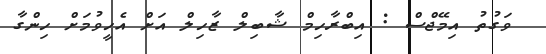
ވަގުތު އިމޭޖްސް : އިބްރާހިމް ޝާބިލް ޒާހިލް އަށް އެހީވުމަށް ހިންގާ